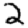
Digit: 2